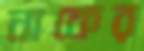
নাকের